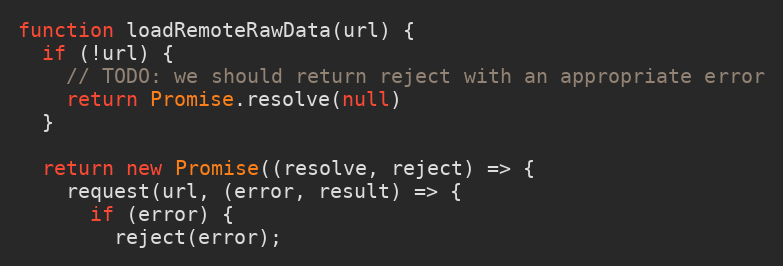
Language: JavaScript
function loadRemoteRawData(url) {
  if (!url) {
    // TODO: we should return reject with an appropriate error
    return Promise.resolve(null)
  }

  return new Promise((resolve, reject) => {
    request(url, (error, result) => {
      if (error) {
        reject(error);